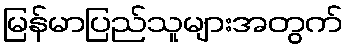
မြန်မာပြည်သူများအတွက်